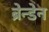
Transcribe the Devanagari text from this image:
ब्रेन्डेन